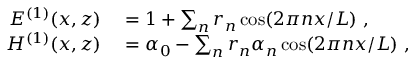
\begin{array} { r l } { E ^ { ( 1 ) } ( x , z ) } & { { } = 1 + \sum _ { n } r _ { n } \cos ( 2 \pi n x / L ) \mathrm { ~ , ~ } } \\ { H ^ { ( 1 ) } ( x , z ) } & { { } = \alpha _ { 0 } - \sum _ { n } r _ { n } \alpha _ { n } \cos ( 2 \pi n x / L ) \mathrm { ~ , ~ } } \end{array}